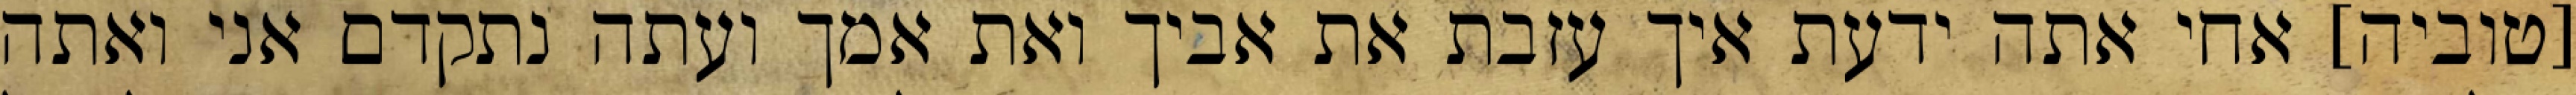
[טוביה] אחי אתה ידעת איך עזבת את אביך ואת אמך ועתה נתקדם אני ואתה